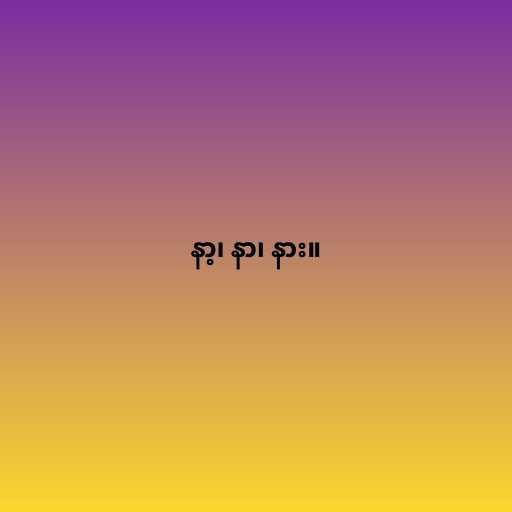
နာ့၊ နာ၊ နား။